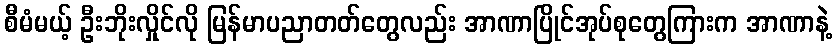
စီမံမယ့် ဦးဘိုးလှိုင်လို မြန်မာပညာတတ်တွေလည်း အာဏာပြိုင်အုပ်စုတွေကြားက အာဏာနဲ့